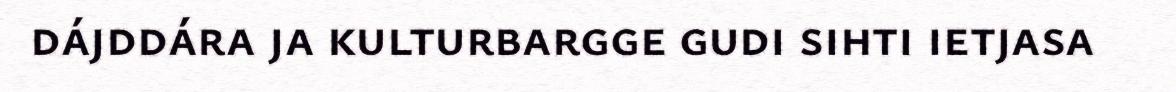
dájddára ja kulturbargge gudi sihti ietjasa